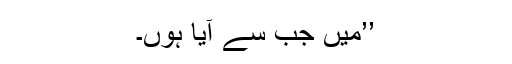
’’میں جب سے آیا ہوں۔